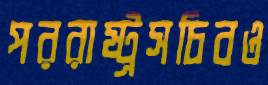
পররাষ্ট্রসচিবও